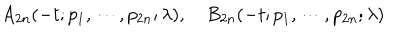
LaTeX: A _ { 2 n } ( - t ; p _ { 1 } , \cdots , p _ { 2 n } ; \lambda ) , \quad B _ { 2 n } ( - t ; p _ { 1 } , \cdots , p _ { 2 n } ; \lambda )